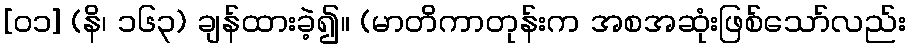
[၀၁] (နိ၊ ၁၆၃) ချန်ထားခဲ့၍။ (မာတိကာတုန်းက အစအဆုံးဖြစ်သော်လည်း